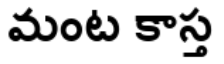
మంట కాస్త